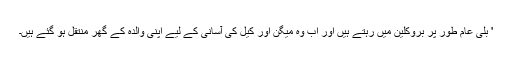
' بلی عام طور پر بروکلین میں رہتے ہیں اور اب وہ میگن اور کیل کی آسانی کے لیے اپنی والدہ کے گھر منتقل ہو گئے ہیں۔